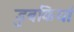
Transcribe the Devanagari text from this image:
डुबकियां